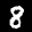
Label: 8